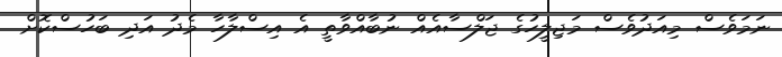
ނަމަވެސް މިއަދުވެސް މަޖިލީހުގެ ޖަލްސާއެއް ނުބާއްވާތީ އެ އިސްލާހާ މެދު އަދި ބަހުސްކޮށް